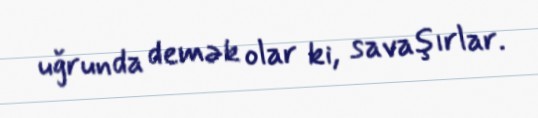
uğrunda demək olar ki, savaşırlar.